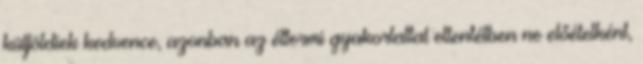
külföldiek kedvence, azonban az éttermi gyakorlattal ellentétben ne előételként,